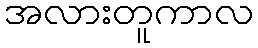
အလားတူကာလ